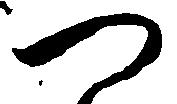
つ